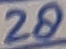
Text: 28